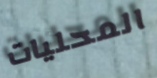
المحليات